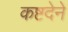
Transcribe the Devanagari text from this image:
कष्टदेने